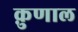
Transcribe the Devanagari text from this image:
क़ुणाल